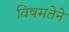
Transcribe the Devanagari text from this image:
विषमतेने